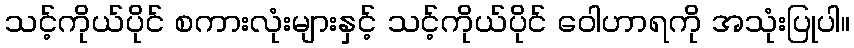
သင့်ကိုယ်ပိုင် စကားလုံးများနှင့် သင့်ကိုယ်ပိုင် ဝေါဟာရကို အသုံးပြုပါ။